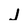
Character: J